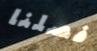
فصلنا